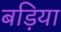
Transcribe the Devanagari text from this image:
बड़िया